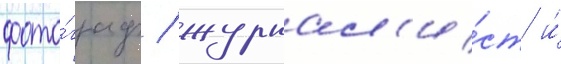
фото́граф / журнал'и́ст и́